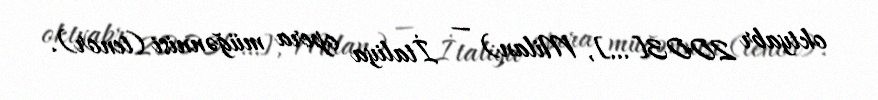
oktyabr 2003[…], Milan) — İtaliya opera müğənnisi (tenor).